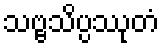
သဗ္ဗသိပ္ပဿုတံ